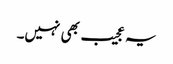
یہ عجیب بھی نہیں۔